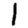
Digit: 1